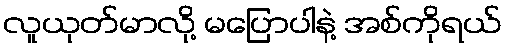
လူယုတ်မာလို့ မပြောပါနဲ့ အစ်ကိုရယ်